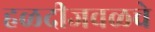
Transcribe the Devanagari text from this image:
हळदीजवळचे